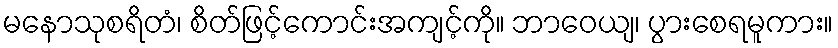
မနောသုစရိတံ၊ စိတ်ဖြင့်ကောင်းအကျင့်ကို။ ဘာဝေယျ၊ ပွားစေရမူကား။